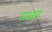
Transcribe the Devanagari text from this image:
तजत